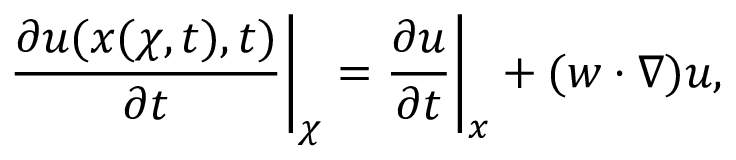
\frac { \partial \b u ( \b x ( \b \chi , t ) , t ) } { \partial t } \bigg | _ { \b \chi } = \frac { \partial \b u } { \partial t } \bigg | _ { \b x } + ( \b w \cdot \nabla ) \b u ,